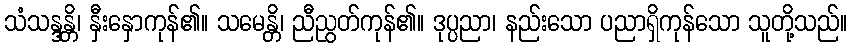
သံသန္ဒန္တိ၊ နှီးနှောကုန်၏။ သမေန္တိ၊ ညီညွတ်ကုန်၏။ ဒုပ္ပညာ၊ နည်းသော ပညာရှိကုန်သော သူတို့သည်။